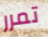
تمرر